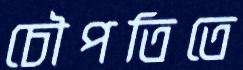
চৌপতিতে